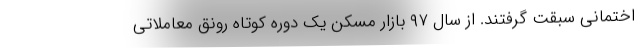
اختمانی سبقت گرفتند. از سال ۹۷ بازار مسکن یک دوره کوتاه رونق معاملاتی